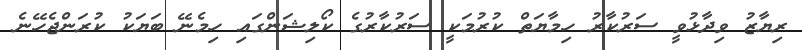
ރިޔާޒު ވިދާޅުވީ ސަރުކާރު ހިމާޔަތް ކުރުމަކީ ސަރުކާރުގެ ކޯލިޝަންގައި ހިމެނޭ ބަޔަކު ކުރަންޖެހޭނެ